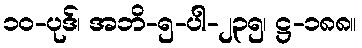
၁၀-ပုဒ်၊ အဘိ-၅-ပါ-၂၃၅၊ ဋ္ဌ-၁၈၈။